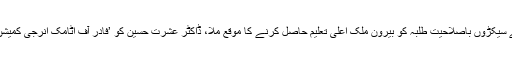
ان کی کوششوں سے سیکڑوں باصلاحیت طلبہ کو بیرون ملک اعلیٰ تعلیم حاصل کرنے کا موقع ملا، ڈاکٹر عشرت حسین کو ’فادر آف اٹامک انرجی کمیشن‘ بھی کہا جاتا ہے۔